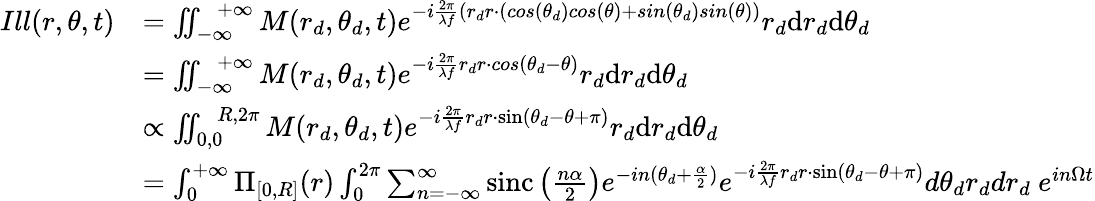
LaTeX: \begin{array}{rl}{Ill(r,\theta,t)}&{=\iint_{-\infty}^{\ \ \ +\infty}M(r_{d},\theta_{d},t)e^{-i\frac{2\pi}{\lambda f}(r_{d}r\cdot(cos(\theta_{d})cos(\theta)+sin(\theta_{d})sin(\theta))}r_{d}\mathrm{d}r_{d}\mathrm{d}\theta_{d}}\\ &{=\iint_{-\infty}^{\ \ \ +\infty}M(r_{d},\theta_{d},t)e^{-i\frac{2\pi}{\lambda f}r_{d}r\cdot cos(\theta_{d}-\theta)}r_{d}\mathrm{d}r_{d}\mathrm{d}\theta_{d}}\\ &{\propto\iint_{0,0}^{\ \ \ R,2\pi}M(r_{d},\theta_{d},t)e^{-i\frac{2\pi}{\lambda f}r_{d}r\cdot\sin(\theta_{d}-\theta+\pi)}r_{d}\mathrm{d}r_{d}\mathrm{d}\theta_{d}}\\ &{=\int_{0}^{+\infty}\Pi_{[0,R]}(r)\int_{0}^{2\pi}\sum_{n=-\infty}^{\infty}\textrm{sinc}\left(\frac{n\alpha}{2}\right)e^{-in(\theta_{d}+\frac{\alpha}{2})}e^{-i\frac{2\pi}{\lambda f}r_{d}r\cdot\sin(\theta_{d}-\theta+\pi)}d\theta_{d}r_{d}dr_{d}\ e^{in\Omega t}}\end{array}